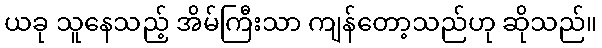
ယခု သူနေသည့် အိမ်ကြီးသာ ကျန်တော့သည်ဟု ဆိုသည်။